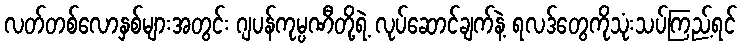
လတ်တစ်လောနှစ်များအတွင်း ဂျပန်ကုမ္ပဏီတို့ရဲ့ လုပ်ဆောင်ချက်နဲ့ ရလဒ်တွေကိုသုံးသပ်ကြည့်ရင်